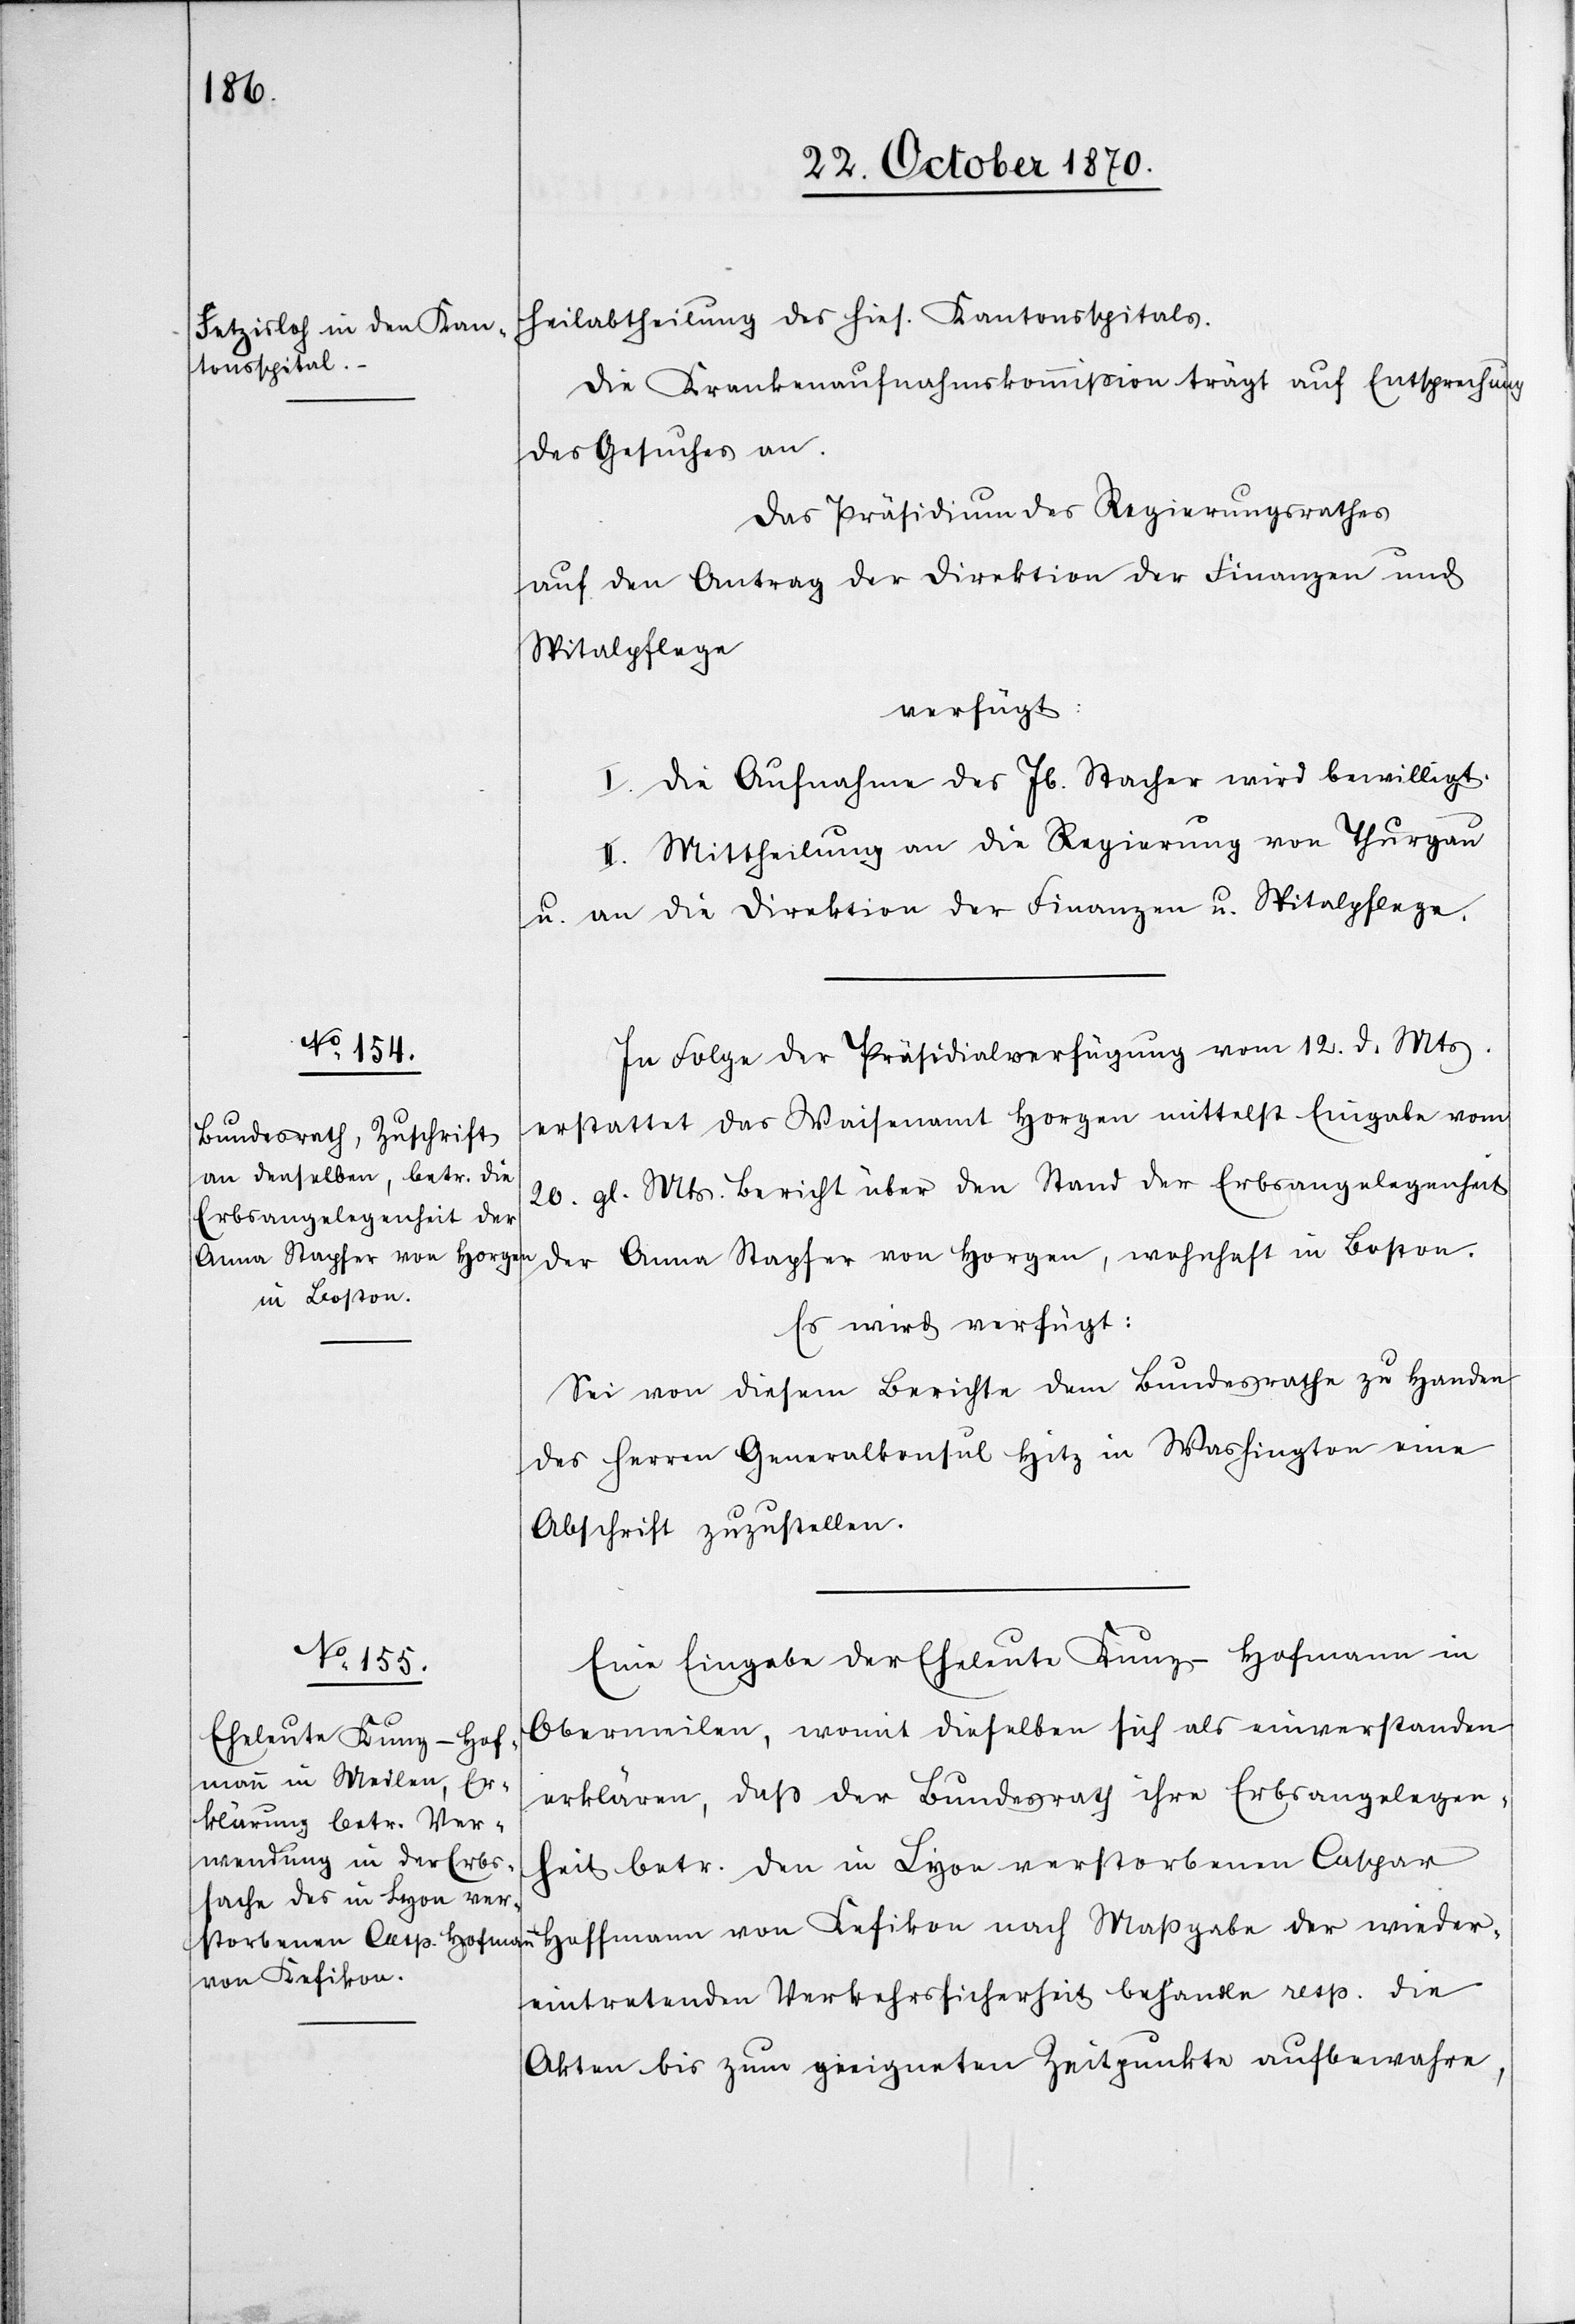
22. October 1870.]
heilabtheilung des hies. Kantonsspitals.
Die Krankenaufnahmskommißion trägt auf Entsprechung
des Gesuches an.
Das Präsidium des Regierungsrathes
auf den Antrag der Direktion der Finanzen und
Spitalpflege
verfügt:
I. Die Aufnahme des Jb. Stacher wird bewilligt.
II. Mittheilung an die Regierung von Thurgau
u. an die Direktion der Finanzen u. Spitalpflege.
In Folge der Präsidialverfügung vom 12. d. Mts.
erstattet das Waisenamt Horgen mittelst Eingabe vom
20. gl. Mts. Bericht über den Stand der Erbsangelegenheit
der Anna Stapfer von Horgen, wohnhaft in Boston.
Es wird verfügt:
Sei von diesem Berichte dem Bundesrathe zu Handen
des Herren Generalkonsul Hitz in Washington eine
Abschrift zuzustellen.
Eine Eingabe der Eheleute Kunz-Hofmann in
Obermeilen, womit dieselben sich als einverstanden
erklären, daß der Bundesrath ihre Erbsangelegen¬
heit betr. den in Lyon verstorbenen Caspar
von Kefikon
wiedereintretenden Verkehrssicherheit behandle resp. die
Akten bis zum geeigneten Zeitpunkte aufbewahre,